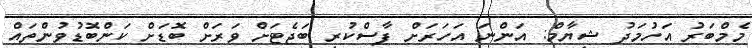
މެމްބަރު އަހުމަދު ޝިޔާމް: އަންނަ އަހަރަށް ފާސްކުރި ބަޖެޓަށް ވަރަށް ބޮޑަށް ކަންބޮޑުވުންތައް